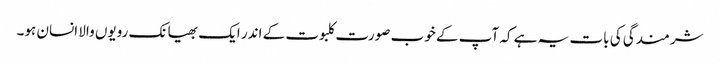
شرمندگی کی بات یہ ہے کہ آپ کے خوب صورت کلبوت کے اندر ایک بھیانک رویوں والا انسان ہو۔